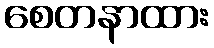
စေတနာထား